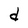
Character: d